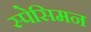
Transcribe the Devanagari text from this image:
स्पेसिमन